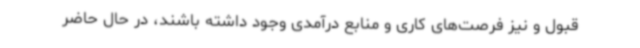
قبول و نیز فرصت‌های کاری و منابع درآمدی وجود داشته باشند، در حال حاضر